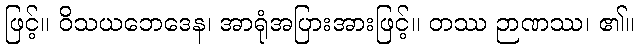
ဖြင့်။ ဝိသယဘေဒေန၊ အာရုံအပြားအားဖြင့်။ တဿ ဉာဏဿ၊ ၏။